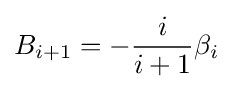
B_{i+1}=-{\frac {i}{i+1}}\beta _{i}